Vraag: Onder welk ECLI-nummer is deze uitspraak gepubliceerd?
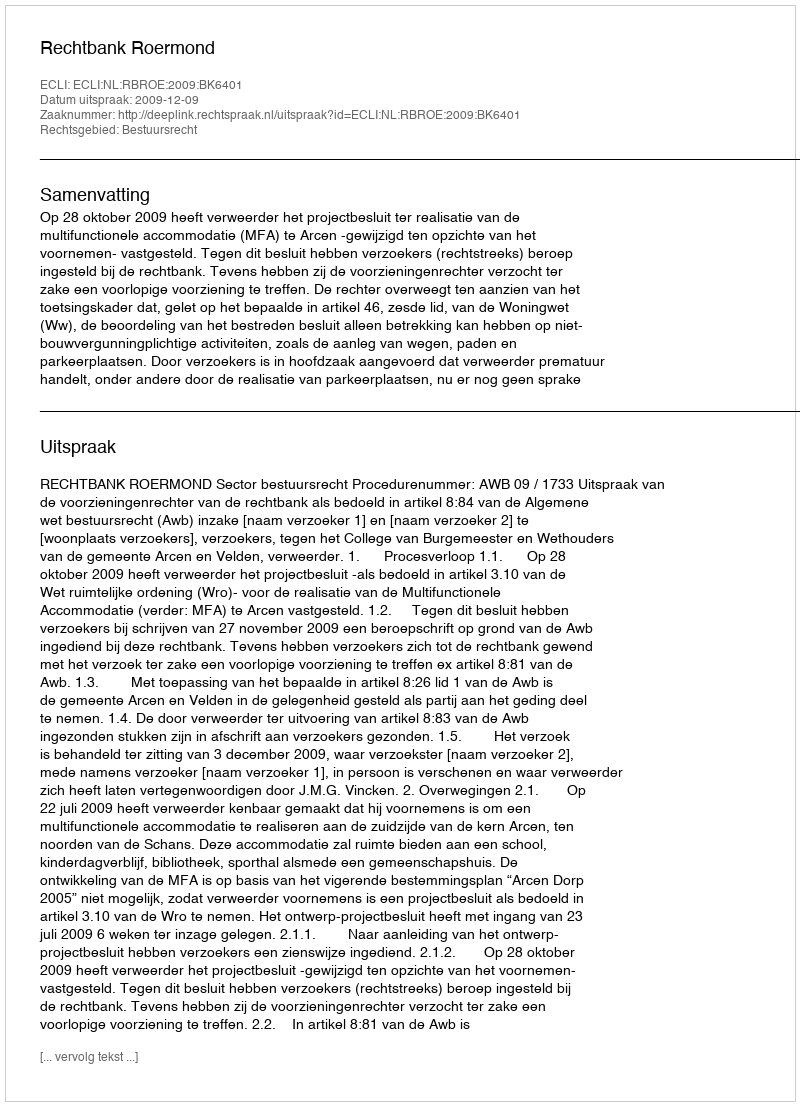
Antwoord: ECLI:NL:RBROE:2009:BK6401